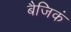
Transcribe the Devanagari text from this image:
बैजिकं